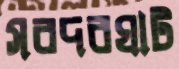
সরদরঘাট